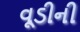
વૂડીની